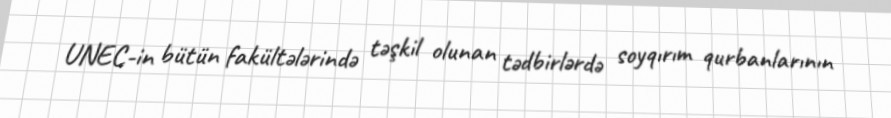
UNEC-in bütün fakültələrində təşkil olunan tədbirlərdə soyqırım qurbanlarının